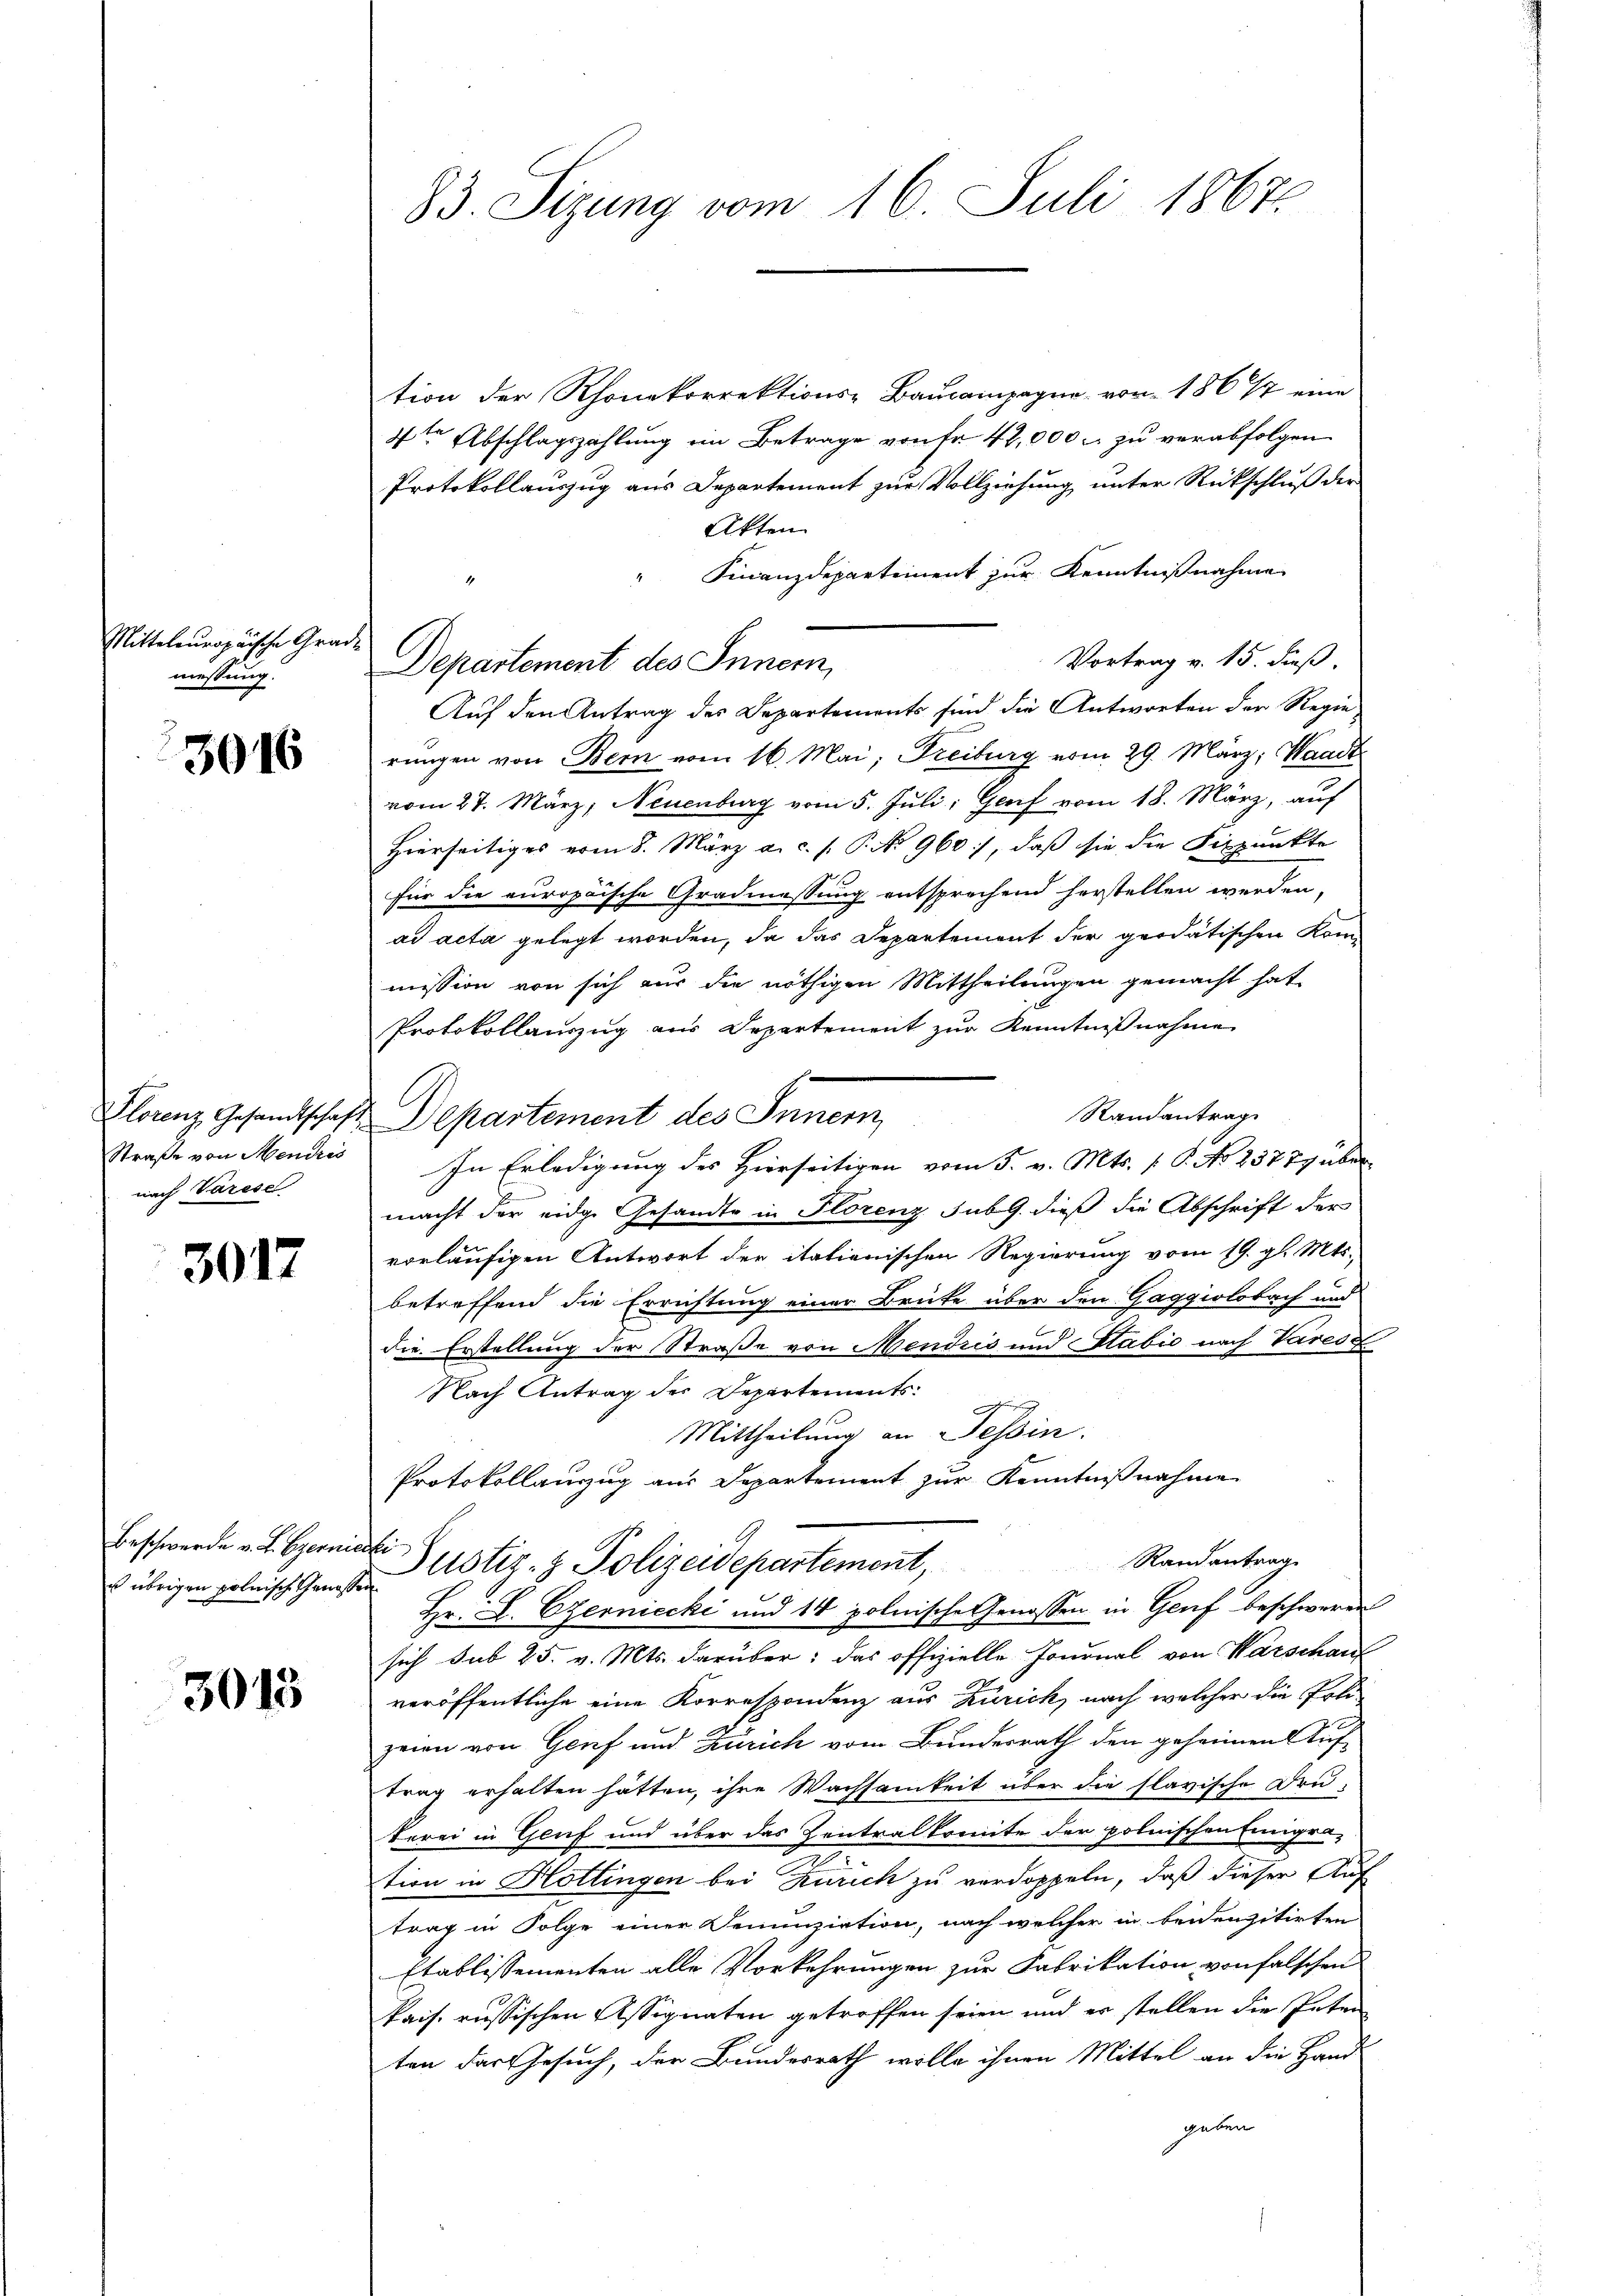
Mittelouropäische Grade
messung.

3016

Plorenz Gesandtschaft
Straße von Mendris
nach Varese.

3017

Beschwerde v. L. Czerner
 übrigen polnisch Genoß

3013

83. Sitzung vom 16. Juli 1867

tion der Rhonekorrektions-Baucampagna von 1867 eine
4ten Abschlagszahlung ein Betrage von fr. 42,000. zu verabfolgen
Protokollauszug aus Departement zur Vollziehung unter Rückschluß der
Akten.
Finanzdepartement zur Kenntnißnahme
Vortrag v. 15. dieß.
Departement des Inner,
Auf den Antrag des Departements sind die Antworten der Regie
rungen von Bern vom 16. Mai, Freiburg vom 29. März, Waadt
vom 27. März, Neuenburg vom 5. Juli, Genf vom 18. März, auf
Hierseitiges vom 8. März a. c. s. P. No 960), daß sie die Fixpunkte
für die europäische Gradmessung entsprechend herstellen werden,
ad acta gelegt worden, da das Departement der quidatischen Kommission von sich nur die nöthigen Mittheilungen gemacht hat
Protokollauszug aus Departement zur Kenntnißnahme
Randantrag
Departement des Innern,
In Erledigung des Hierseitigen vom 5. v. Mts. [P. No 237 79 über
macht der eidge Gesandte in Florenz sub G. dieß die Abschrift der
vorläufigen Antwort der itationischen Regierung vom 19. gl. Mts.
betreffend die Errichtung einer Brücke über den Gaggiolobach und
die Erstellung der Straße von Mendris und Sabić nach Vares z
Nach Antrag des Departements:
h
Mittheilung an Tessin.
Protokollauszug aus Departement zur Kenntnißnahme
echte
Randantrag
Justiz- & Polizeidepartement,
f
.
Hr. L. Czerniecki und 14 polnische Genossen in Genf beschweren
sich sub 25. v. Mts. darüber: das offizielle Journal von Warschauf
veröffentliche eine Korrespondenz aus Zürich, nach welcher die Polizeien von Genf und Zürich vom Bundesrath den geheimen Auf-
trag erhalten hätten, ihre Wachsamkeit über die flavische Drukerei in Genf und über das Zentralkomite der polnischen Einigreition in Hottingen bei Zürich zu verdoppeln, daß dieser Auf
trag in Folge einer Denunziation, nach welcher in beidenzitirten
Etablissementen alle Vorkehrungen zur Fabrikation von falschen
kais. russischen Assignaten getroffen seien und er stellen die Peten
ten der Gesuch, der Bundesrath wolle ihnen Mittel an die Hand
geben